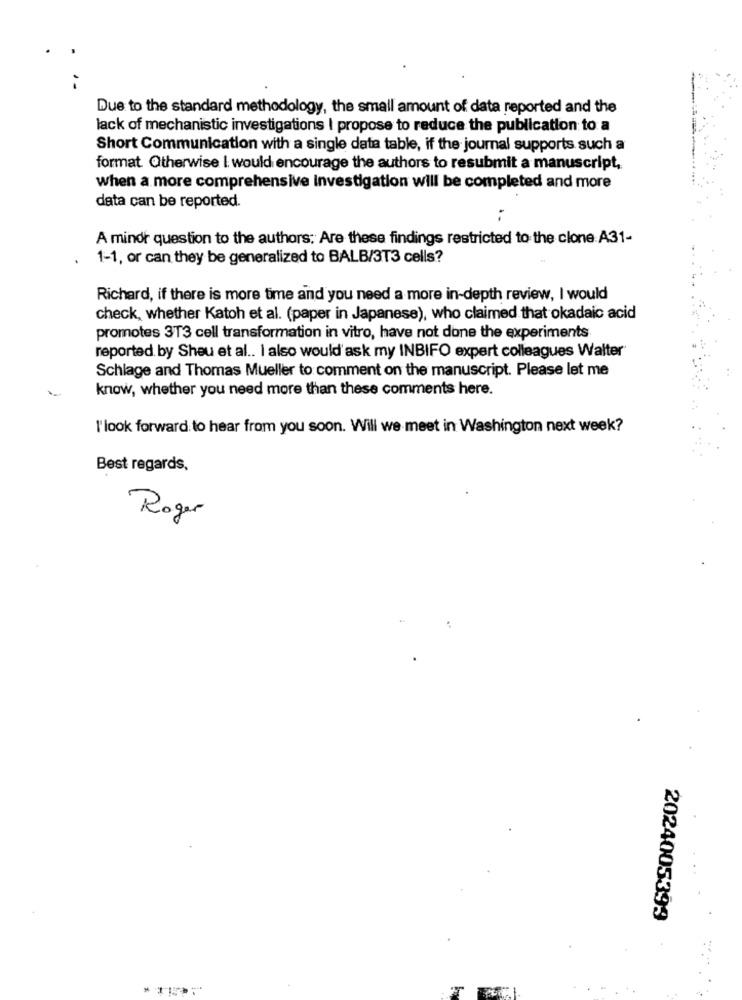
Due to the standard methodology, the small amount of data reported and the
lack of mechanistic investigations I propose to reduce the publication to a
Short Communication with a single data table, if the journal supports such a
format. Otherwise I would encourage the authors to resubmit a manuscript,
when a more comprehensive investigation will be completed and more
data can be reported.
A minor question to the authors; Are these findings restricted to the clone A31-
1-1, or can they be generalized to BALB/3T3 cells?
Richard, if there is more time and you need a more in-depth review, I would
check, whether Katoh et al. (paper in Japanese), who claimed that okadaic acid
promotes 3T3 cell transformation in vitro, have not done the experiments
reported by Sheu et al .. I also would'ask my INBIFO expert colleagues Walter
Schlage and Thomas Mueller to comment on the manuscript. Please let me
know, whether you need more than these comments here.
l'look forward to hear from you soon. Will we meet in Washington next week?
Best regards,
Roger
2024005399